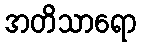
အတိသာရော